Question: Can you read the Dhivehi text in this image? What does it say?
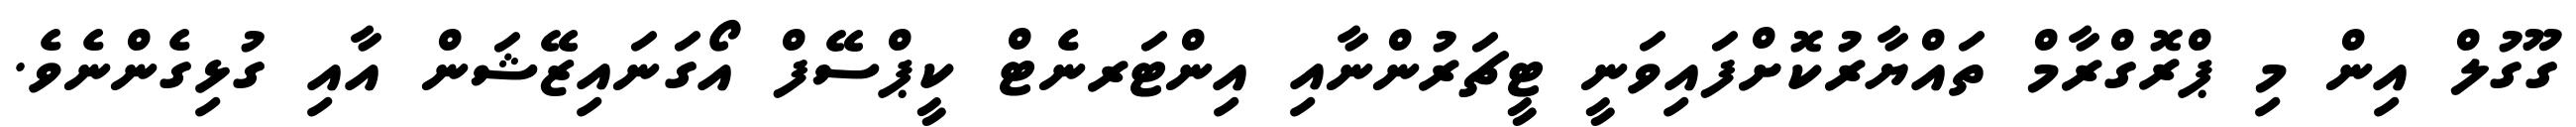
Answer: ގޫގުލް އިން މި ޕްރޮގްރާމް ތައްޔާރުކޮށްފައިވަނީ ޓީޗަރުންނާއި އިންޓަރނެޓް ކީޕްސޭފް އޯގަނައިޒޭޝަން އާއި ގުޅިގެންނެވެ.